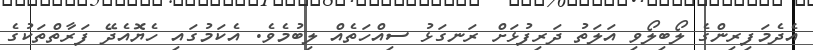
އެދެމަފިރިންގެ ލޯބިލޯވި އަލަތު ދަރިފުޅަށް ރަނގަޅު ސިއްހަތެއް ލިބުމެވެ. އެކަމުގައި ހެޔޮއެދޭ ފަރާތްތަކުގެ